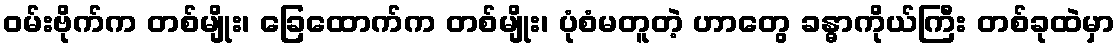
ဝမ်းဗိုက်က တစ်မျိုး၊ ခြေထောက်က တစ်မျိုး၊ ပုံစံမတူတဲ့ ဟာတွေ ခန္ဓာကိုယ်ကြီး တစ်ခုထဲမှာ